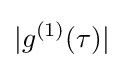
|g^{(1)}(\tau )|